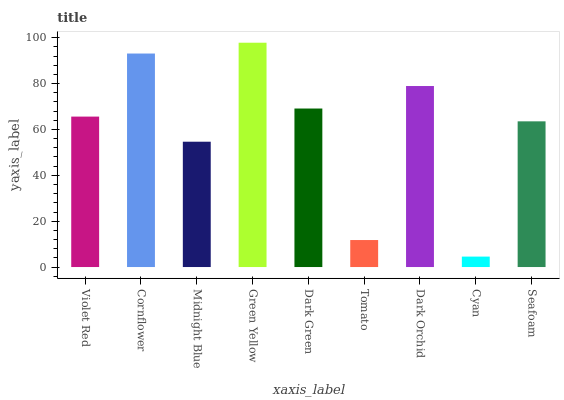
| xaxis_label | bars |
 | --- | --- |
 | Violet Red | 65.6 |
 | Cornflower | 93.1 |
 | Midnight Blue | 54.7 |
 | Green Yellow | 97.8 |
 | Dark Green | 69.1 |
 | Tomato | 11.8 |
 | Dark Orchid | 78.9 |
 | Cyan | 4.55 |
 | Seafoam | 63.5 |